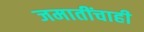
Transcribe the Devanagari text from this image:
जमातींचाही